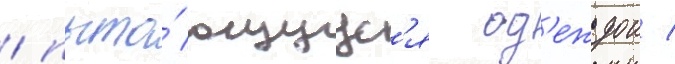
/ пыта́ющуус'я од'еждои /